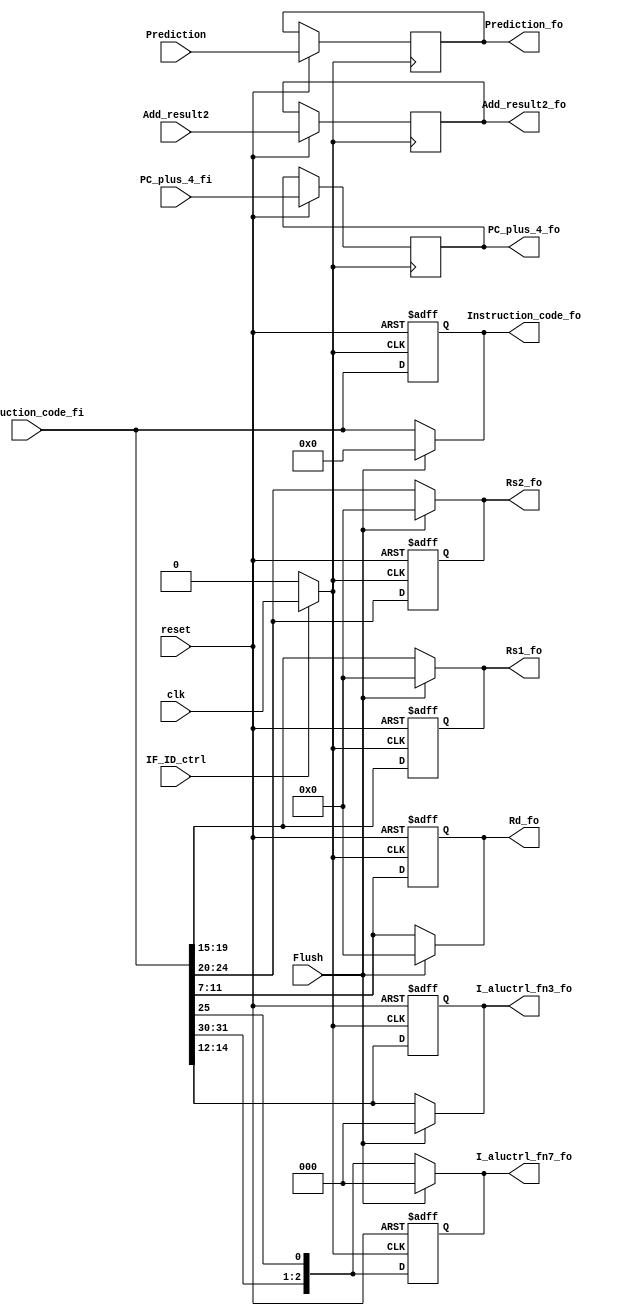
`timescale 1ns / 1ps
//fi=fetch stage input
//fo=fetch stage output
module IF_ID(
input Prediction,
//input [31:0] PC,
input [31:0] Add_result2,
input IF_ID_ctrl,                                 //control from stalling unit
input [31:0] Instruction_code_fi,           //instruction code input to IF/ID
input [31:0] PC_plus_4_fi,                   //PC+4 input to  IF/ID
input clk,
input reset,
input Flush,                                  //flush input
output reg [31:0] PC_plus_4_fo,         //PC+4 output to  IF/ID
output reg [4:0] Rs1_fo,                           //5 bit source reg 1 field from IF/ID
output reg [4:0] Rs2_fo,                           //5 bit source reg 2 field from IF/ID
output reg [31:0] Instruction_code_fo,  //Instr_code for immediate data for sign extension input as output from IF/ID
output reg [4:0] Rd_fo,                            //5 bit dest reg field from IF/ID
output reg [2:0]  I_aluctrl_fn7_fo,               //3 bit concatenated fn7 I[31,30,25] 
output reg [2:0]  I_aluctrl_fn3_fo,                 //3 bit fn3 I[14,13,12] field from IF/ID
output reg Prediction_fo,
//output reg [31:0] PC_fo,
output reg [31:0] Add_result2_fo
 );
    

reg clk_stall;

always @(clk)
begin
if(IF_ID_ctrl==0)
clk_stall<=0;
else
clk_stall<=clk;
end



   always@ (negedge reset, negedge clk_stall)
   begin
   if ( reset==0)
               begin
               Rs1_fo<=0;
               Rs2_fo<=0;
               Rd_fo<=0;
               Instruction_code_fo<=0;
               I_aluctrl_fn7_fo<=0;
               I_aluctrl_fn3_fo<=0;
               end
   else
               begin  
               Rs1_fo<=Instruction_code_fi[19:15];
               Rs2_fo<=Instruction_code_fi[24:20];
               Rd_fo<=Instruction_code_fi[11:7];
               Instruction_code_fo<=Instruction_code_fi;
               I_aluctrl_fn7_fo<={Instruction_code_fi[31:30],Instruction_code_fi[25]};
               I_aluctrl_fn3_fo<=Instruction_code_fi[14:12];
               PC_plus_4_fo<=PC_plus_4_fi;
               Prediction_fo<=Prediction;
               //PC_fo<=PC;
               Add_result2_fo<=Add_result2;
               end
   end
   
   ///////////////////////////////////////////////////////////////////////////
   
///////////////////////////////////////////////////////////////////////////  
   always@(Flush)
   begin
   
   if(Flush==1)
   begin
   Rs1_fo<=5'b00000;
   Rs2_fo<=5'b00000;
   Rd_fo<=5'b00000;   
   Instruction_code_fo<=0;
   I_aluctrl_fn7_fo<=0;
   I_aluctrl_fn3_fo<=0;
   end
   
//   if(Flush==1)
//   begin
//   Rs1_fo<=5'b11111;
//   Rs2_fo<=5'b11111;
//   Rd_fo<=5'b11111;   
//   Instruction_code_fo<=1;
//   I_aluctrl_fn7_fo<=1;
//   I_aluctrl_fn3_fo<=1;
//   end
   
   else
   begin
   Rs1_fo<=Instruction_code_fi[19:15];
   Rs2_fo<=Instruction_code_fi[24:20];
   Rd_fo<=Instruction_code_fi[11:7];
   Instruction_code_fo<=Instruction_code_fi;
   I_aluctrl_fn7_fo<={Instruction_code_fi[31:30],Instruction_code_fi[25]};
   I_aluctrl_fn3_fo<=Instruction_code_fi[14:12];
   end
   
   end
  /////////////////////////////////////////////////////////////////////////////////// 
endmodule